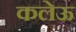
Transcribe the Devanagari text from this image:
कलेऊ